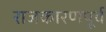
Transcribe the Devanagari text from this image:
राजकारणपूर्व